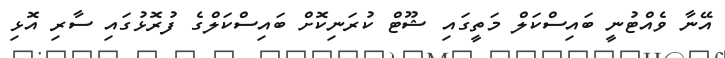
އޭނާ ވެއްޓުނީ ބައިސްކަލް މަތީގައި ޝޫޓް ކުރަނިކޮށް ބައިސްކަލްގެ ފުރޮޅުގައި ސާރި އޮޅި